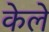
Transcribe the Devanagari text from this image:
केले